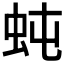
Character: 𧉙